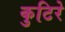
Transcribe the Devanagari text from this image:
कुटिरे